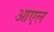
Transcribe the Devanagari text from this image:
आएल